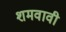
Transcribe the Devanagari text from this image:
शमवावी